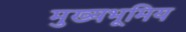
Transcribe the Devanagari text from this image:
मुख्यभूमिय